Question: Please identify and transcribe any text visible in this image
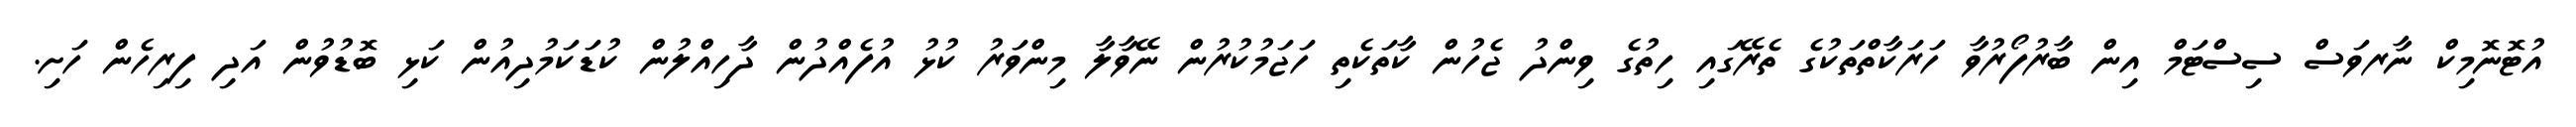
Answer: އުޓޮނޮމިކް ނާރވަސް ސިސްޓަމް އިން ބާރުފޯރުވާ ހަރަކާތްތަކުގެ ތެރޭގައި ހިތުގެ ވިންދު ޖެހުން ކާތަކެތި ހަޖަމުކުރުން ނޭވާލާ މިންވަރު ކުޅު އުފެއްދުން ދާހިއްލުން ކުޑަކަމުދިއުން ކަޅި ބޮޑުވުން އަދި ފިރިހެން ހަށި.